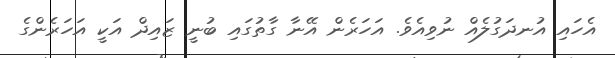
އެހައި އުނދަގުލެއް ނުވިއެވެ. އަހަރެން އޭނާ ގާތުގައި ބުނީ ޒައިދް އަކީ އަހަރެންގެ